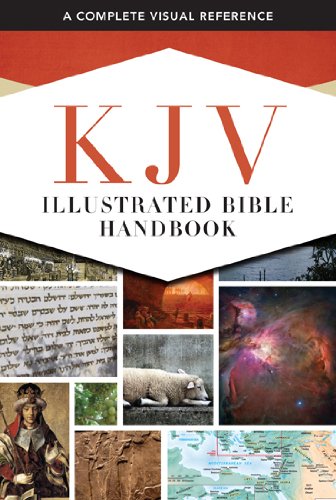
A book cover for KJV Illustrated Bible Handbook; Christian Books & Bibles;